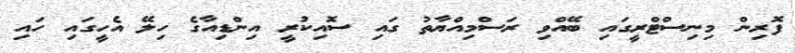
ފޮރިން މިނިސްޓްރީގައި ބޭއްވި ރަސްމިއްޔާތު ގައި ސޮއިކުރީ އިންޑިއާގެ ހިލޭ އެހީގައި ހައި